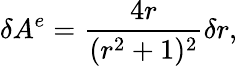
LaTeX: \delta A^{e}={\frac{4r}{(r^{2}+1)^{2}}}\delta r,